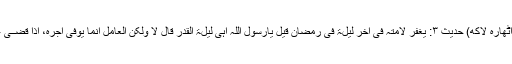
(یعنی اٹھارہ لاکھ) حدیث ٣: یَغْفَرُ لِاُمَّتِہ فِیْ اٰخِرِ لَیْلَۃٍ فِیْ رَمَضَانَ قِیْلَ یَارَسُوْلَ اللّٰہِ اَہِیَ لَیْلَۃُ الْقَدْرِ قَالَ لَا وَلٰکِنَّ الْعَامِلَ اِنَّمَا یُوَفّٰی اَجْرُہ، اِذَا قَضــٰی عَمَلُہ، ۔